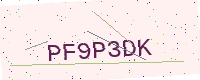
Text: PF9P3DK